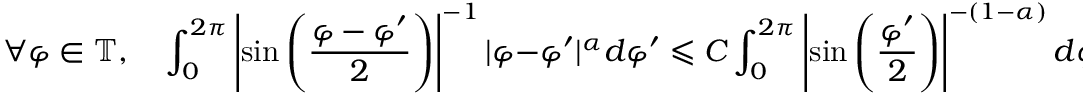
\forall \varphi \in \mathbb { T } , \quad \int _ { 0 } ^ { 2 \pi } \left| \sin \left( \frac { \varphi - \varphi ^ { \prime } } { 2 } \right) \right| ^ { - 1 } | \varphi - \varphi ^ { \prime } | ^ { \alpha } d \varphi ^ { \prime } \leqslant C \int _ { 0 } ^ { 2 \pi } \left| \sin \left( \frac { \varphi ^ { \prime } } { 2 } \right) \right| ^ { - ( 1 - \alpha ) } d \varphi ^ { \prime } < \infty .